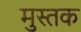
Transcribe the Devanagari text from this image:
मुस्तक